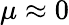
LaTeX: \mu\approx 0